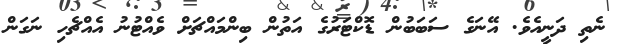
ނެތި ދަނީއެވެ. އޭނަގެ ސަބަބުން ޑޮކްޓަރުގެ އަތުން ބިންމައްޗަށް ވެއްޓުނު އެއްޗެހި ނަގަން